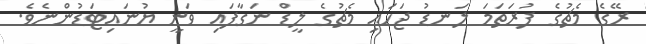
ރޭގެ މެޗުގެ ފުރަތަމަ ލަނޑު ޖަހައި މެޗުގެ ލީޑް ނަގާފައި ވަނީ ޔުނައިޓަޑުންނެވެ.